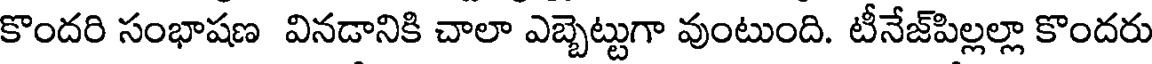
కొందరి సంభాషణ వినడానికి చాలా ఎబ్బెట్టుగా వుంటుంది. టీనేజ్పిల్లల్లా కొందరు